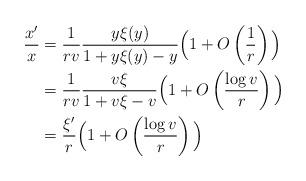
LaTeX: \begin{align*}\frac{x'}{x} &= \frac{1}{rv} \frac{y\xi(y)}{1+y\xi(y)-y}\Big(1+O\left(\frac{1}{r}\right)\Big)\\&= \frac{1}{rv} \frac{v\xi}{1+v\xi-v}\Big(1+O\left(\frac{\log v}{r}\right)\Big)\\&= \frac{\xi'}{r}\Big(1+O\left(\frac{\log v}{r}\right)\Big) \end{align*}